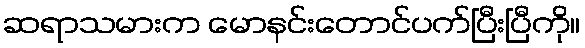
ဆရာသမားက မောနင်းတောင်ပက်ပြီးပြီကို။